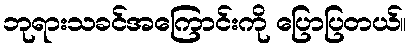
ဘုရားသခင်အကြောင်းကို ပြောပြတယ်။